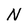
Character: N